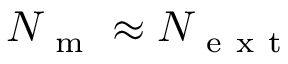
N _ { \mathrm { ~ m ~ } } \approx N _ { \mathrm { ~ e ~ x ~ t ~ } }